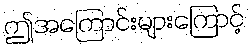
ဤအကြောင်းများကြောင့်